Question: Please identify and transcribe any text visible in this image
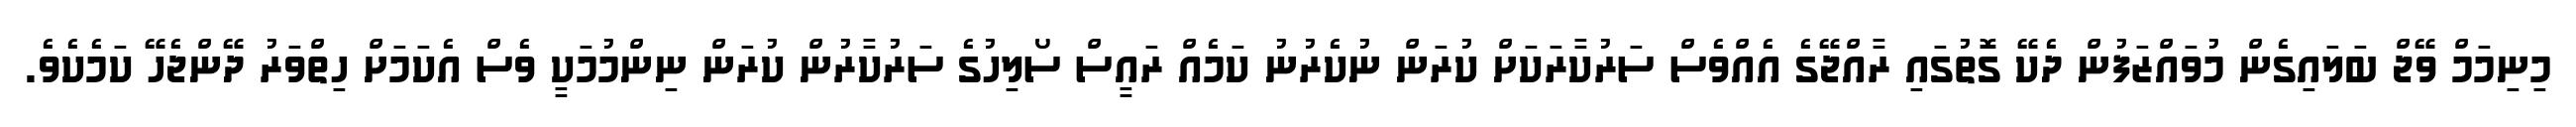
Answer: މިނިމަމް ވޭޖް ބަލައިގެން މުވައްޒަފުން ދެކޭ ގޮތުގައި ރާއްޖޭގެ އެއްވެސް ސަރުކާރަކަށް ކުރަން ނުކެރުނު ކަމެއް ރައީސް ސޯލިހުގެ ސަރުކާރުން ކުރަން ނިންމުމަކީ ވެސް އެކަމަށް ހިތްވަރު ދޭންޖެހޭ ކަމެކެވެ.